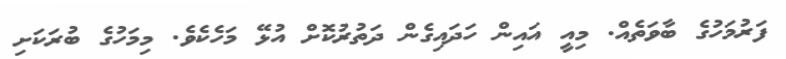
ފަރުމަހުގެ ބާވަތެއް. މިއީ އައިން ހަދައިގެން ދަތުރުކޮށް އުޅޭ މަހެކެވެ. މިމަހުގެ ބުރަކަށި